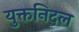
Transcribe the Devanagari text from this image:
युक्तनिदल